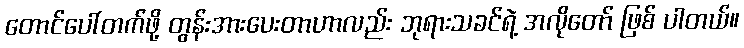
တောင်ပေါ်တက်ဖို့ တွန်းအားပေးတာဟာလည်း ဘုရားသခင်ရဲ့ အလိုတော် ဖြစ် ပါတယ်။